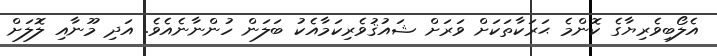
އެލޯބިވެރިޔާގެ ކޮންމެ ޙަރަކާތަކަށް ވަރަށް ޝައުޤުވެރިކަމާއެކު ބަލަން ހުންނާނެއެވެ. އަދި މޫނާއި ލޮލަށް